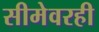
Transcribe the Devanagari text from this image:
सीमेवरही